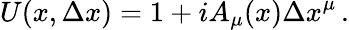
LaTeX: U(x,\Delta x)=1+iA_{\mu}(x)\Delta x^{\mu}\, .